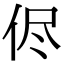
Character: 侭